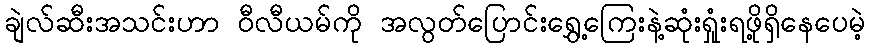
ချဲလ်ဆီးအသင်းဟာ ဝီလီယမ်ကို အလွတ်ပြောင်းရွှေ့ကြေးနဲ့ဆုံးရှုံးရဖို့ရှိနေပေမဲ့